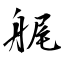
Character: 艉